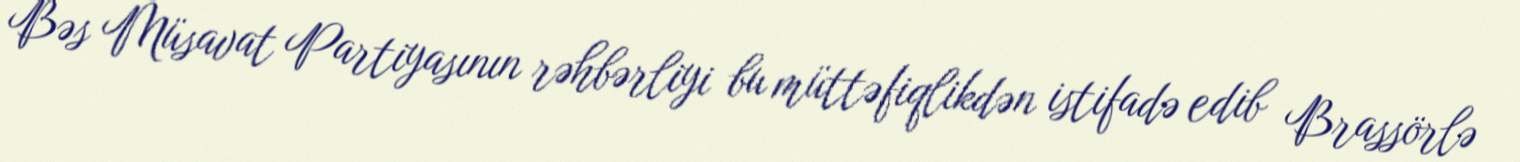
Bəs Müsavat Partiyasının rəhbərliyi bu müttəfiqlikdən istifadə edib Brassörlə